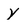
Character: y